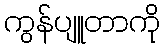
ကွန်ပျူတာကို